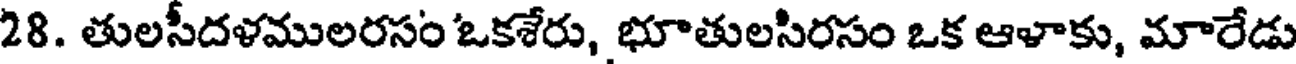
28. తులసీదళములరసం ఒకశేరు, భూతులసిరసం ఒక ఆళాకు, మారేడు